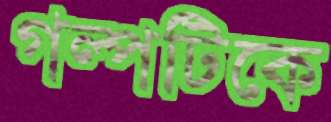
গল্পটিকে